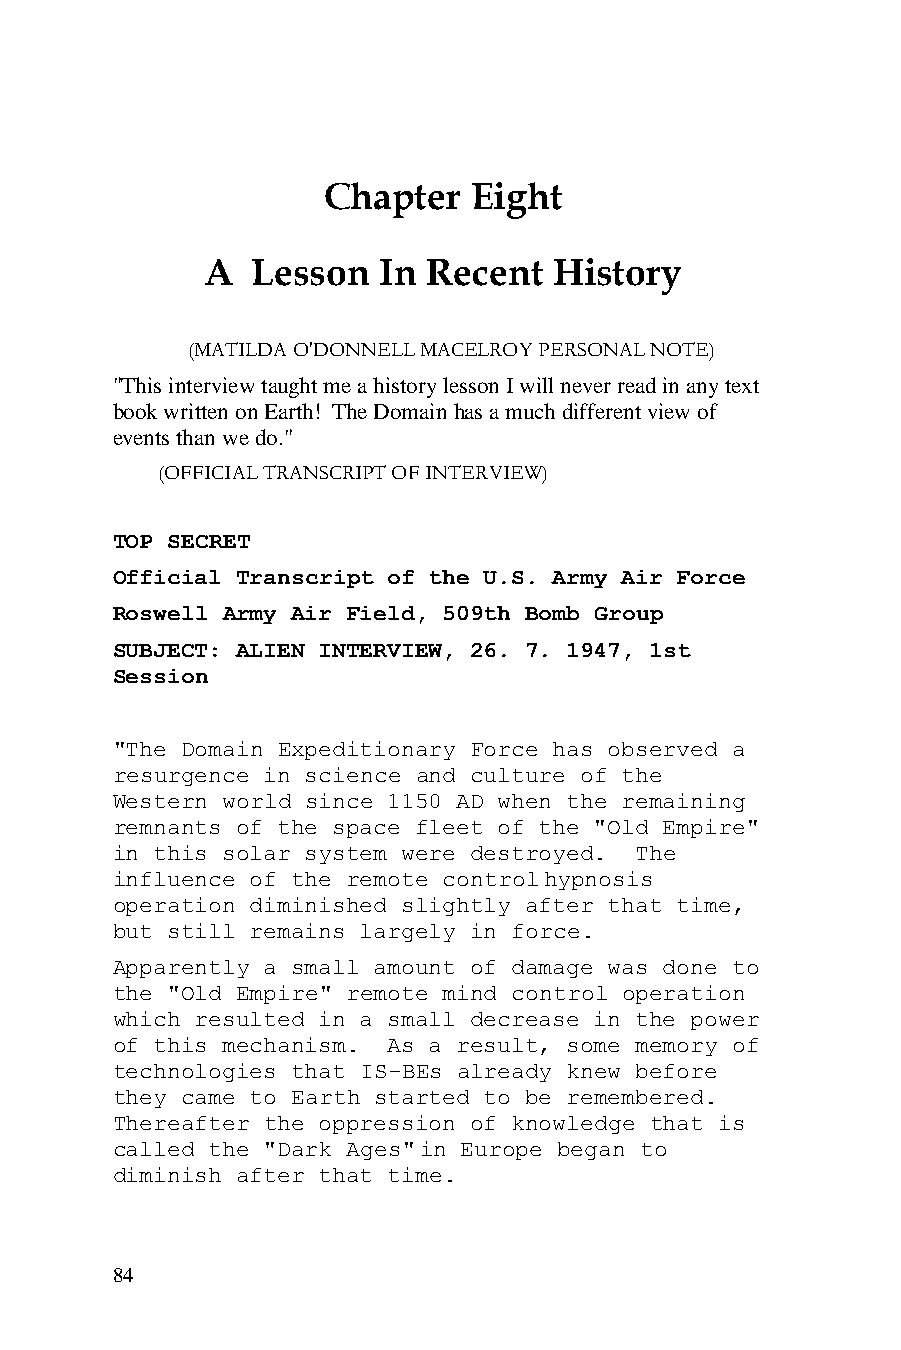
Chapter   Eight
 A   Lesson  In Recent   History
 (MATILDA O'DONNELL MACELROY PERSONAL NOTE)
 "This interview taught me a history lesson I will never read in any text
 book written on Earth! The Domain has a much different view of
 events than we do."
 (OFFICIAL TRANSCRIPT OF INTERVIEW)
 TOP SECRET
 Official Transcript of the U.S. Army Air Force
 Roswell Army Air Field, 509th Bomb Group
 SUBJECT: ALIEN INTERVIEW, 26. 7. 1947, 1st
 Session
 "The Domain Expeditionary Force has observed a
 resurgence in science and culture of the
 Western world since 1150 AD when the remaining
 remnants of the space fleet of the "Old Empire"
 in this solar system were destroyed. The
 influence of the remote control hypnosis
 operation diminished slightly after that time,
 but still remains largely in force.
 Apparently a small amount of damage was done to
 the "Old Empire" remote mind control operation
 which resulted in a small decrease in the power
 of this mechanism. As a result, some memory of
 technologies that IS-BEs already knew before
 they came to Earth started to be remembered.
 Thereafter the oppression of knowledge that is
 called the "Dark Ages" in Europe began to
 diminish after that time.
 84